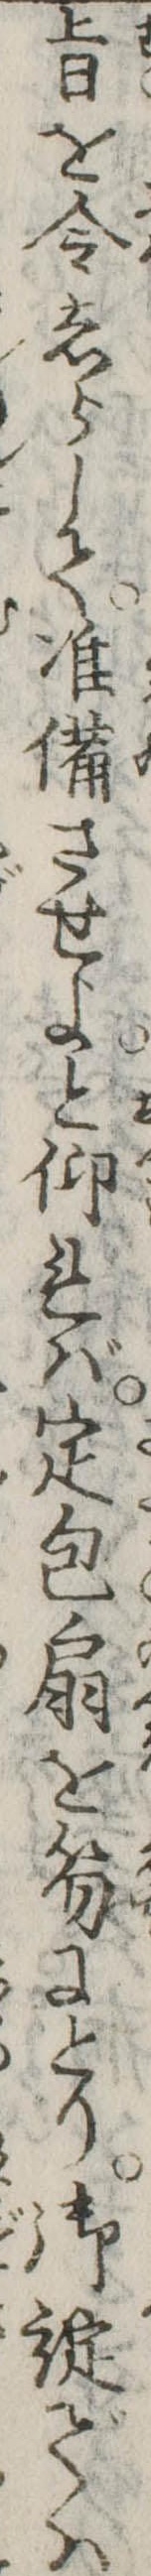
旨を令しらして准備させよと仰れば定包扇を笏にとり御諚では